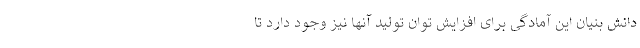
دانش بنیان این آمادگی برای افزایش توان تولید آنها نیز وجود دارد تا